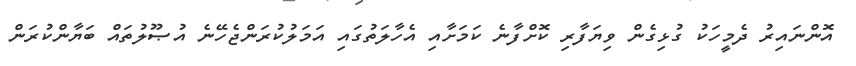
އޮންނައިރު ދެމީހަކު ގުޅިގެން ވިޔަފާރި ކޮށްފާނެ ކަމަށާއި އެހާލަތުގައި އަމަލުކުރަންޖެހޭނެ އުޞޫލުތައް ބަޔާންކުރަން